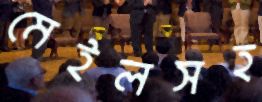
মেইলসহ